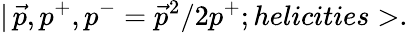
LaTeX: |\, \vec{p},p^{+},p^{-}=\vec{p}^{2}/2p^{+};helicities>.